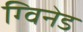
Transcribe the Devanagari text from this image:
ग्विनेड